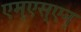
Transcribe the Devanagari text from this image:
एम्‌एस्‌एन्‌